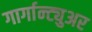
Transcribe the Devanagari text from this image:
गार्गान्ट्युअर